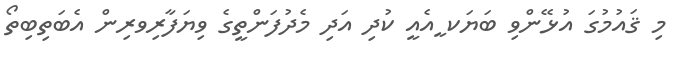
މި ޤައުމުގަ އުޅޭންވި ބަޔަކ ީއެއީ ކުދި އަދި މެދުފަންތީގެ ވިޔަފާރިވރިން އެބަތިބިތޯ